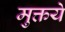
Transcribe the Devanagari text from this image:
मुक्तये